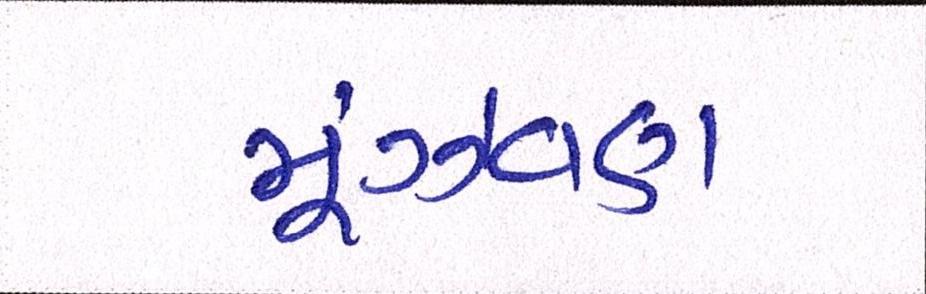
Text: મૂંઝવણ